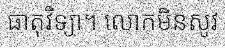
ធាតុវិទ្យា។ លោកមិនសូវ